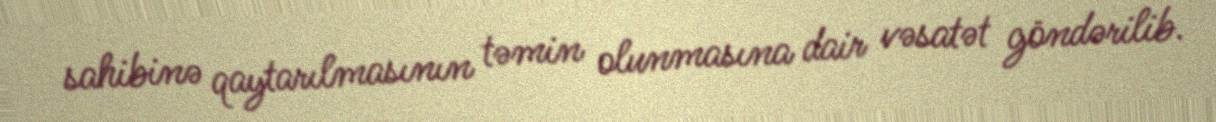
sahibinə qaytarılmasının təmin olunmasına dair vəsatət göndərilib.